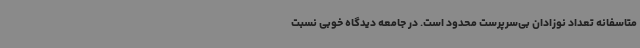
متاسفانه تعداد نوزادان بی‌سرپرست محدود است. در جامعه دیدگاه خوبی نسبت